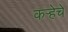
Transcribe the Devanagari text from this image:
कर्‍हेचे